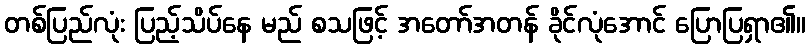
တစ်ပြည်လုံး ပြည့်သိပ်နေ မည် စသဖြင့် အတော်အတန် ခိုင်လုံအောင် ပြောပြရှာ၏။